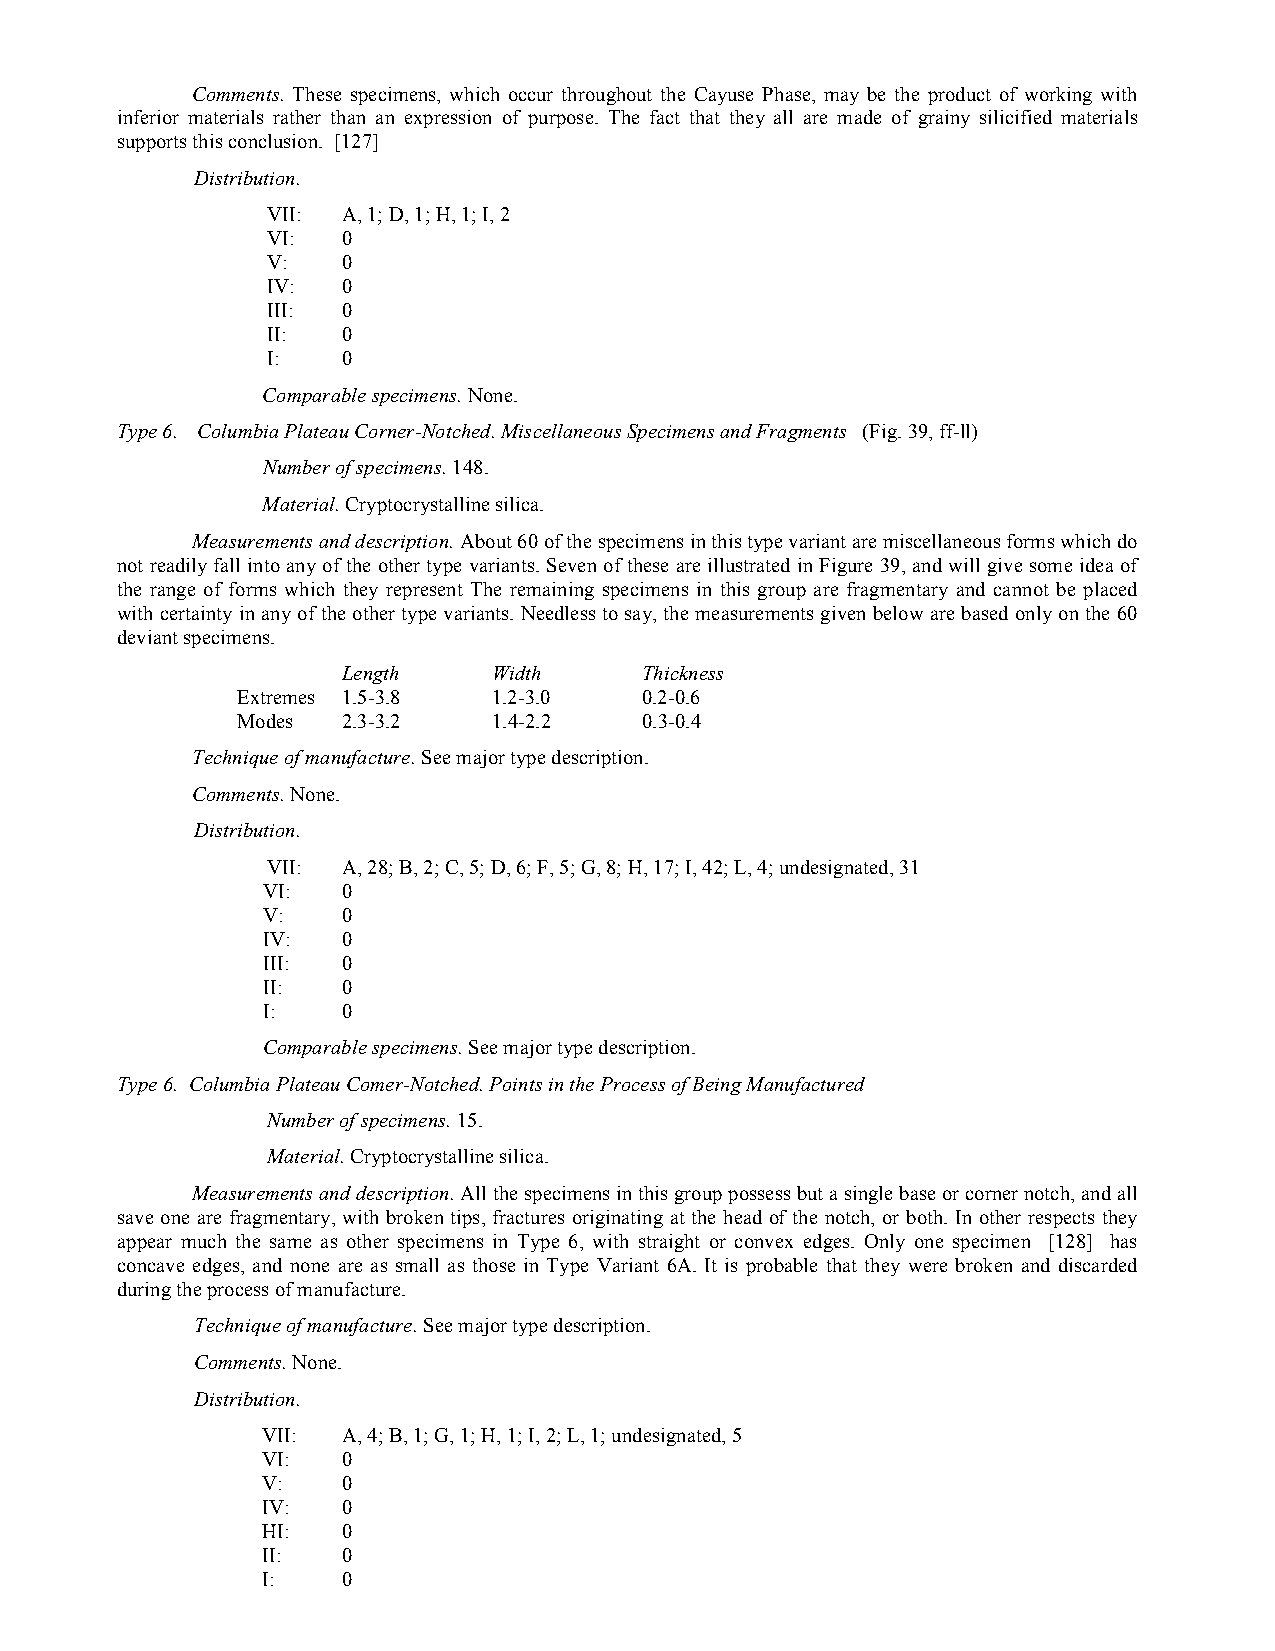
Comments. These specimens, which occur throughout the Cayuse Phase, may be the product of working with
 inferior materials rather than an expression of purpose. The fact that they all are made of grainy silicified materials
 supports this conclusion. [127]
 Distribution.
 VII: A, 1; D, 1; H, 1; I, 2
 VI:  0
 V:   0
 IV:  0
 III: 0
 II:  0
 I:   0
 Comparable specimens. None.
 Type 6. Columbia Plateau Corner-Notched. Miscellaneous Specimens and Fragments (Fig. 39, ff-ll)
 Number of specimens. 148.
 Material. Cryptocrystalline silica.
 Measurements and description. About 60 of the specimens in this type variant are miscellaneous forms which do
 not readily fall into any of the other type variants. Seven of these are illustrated in Figure 39, and will give some idea of
 the range of forms which they represent The remaining specimens in this group are fragmentary and cannot be placed
 with certainty in any of the other type variants. Needless to say, the measurements given below are based only on the 60
 deviant specimens.
 Length    Width    Thickness
 Extremes 1.5-3.8 1.2-3.0  0.2-0.6
 Modes  2.3-3.2   1.4-2.2  0.3-0.4
 Technique of manufacture. See major type description.
 Comments. None.
 Distribution.
 VII: A, 28; B, 2; C, 5; D, 6; F, 5; G, 8; H, 17; I, 42; L, 4; undesignated, 31
 VI:   0
 V:    0
 IV:   0
 III:  0
 II:   0
 I:    0
 Comparable specimens. See major type description.
 Type 6. Columbia Plateau Comer-Notched. Points in the Process of Being Manufactured
 Number of specimens. 15.
 Material. Cryptocrystalline silica.
 Measurements and description. All the specimens in this group possess but a single base or corner notch, and all
 save one are fragmentary, with broken tips, fractures originating at the head of the notch, or both. In other respects they
 appear much the same as other specimens in Type 6, with straight or convex edges. Only one specimen [128] has
 concave edges, and none are as small as those in Type Variant 6A. It is probable that they were broken and discarded
 during the process of manufacture.
 Technique of manufacture. See major type description.
 Comments. None.
 Distribution.
 VII:  A, 4; B, 1; G, 1; H, 1; I, 2; L, 1; undesignated, 5
 VI:   0
 V:    0
 IV:   0
 HI:   0
 II:   0
 I:    0